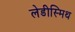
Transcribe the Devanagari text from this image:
लेडीस्मिथ